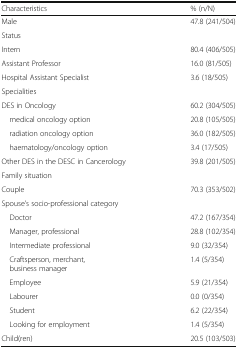
<table><thead><tr><td><b>Characteristics</b></td><td><b>% (n/N)</b></td></tr></thead><tbody><tr><td>Male</td><td>47.8 (241/504)</td></tr><tr><td>Status</td><td></td></tr><tr><td>Intern</td><td>80.4 (406/505)</td></tr><tr><td>Assistant Professor</td><td>16.0 (81/505)</td></tr><tr><td>Hospital Assistant Specialist</td><td>3.6 (18/505)</td></tr><tr><td>Specialities</td><td></td></tr><tr><td>DES in Oncology</td><td>60.2 (304/505)</td></tr><tr><td> medical oncology option</td><td>20.8 (105/505)</td></tr><tr><td> radiation oncology option</td><td>36.0 (182/505)</td></tr><tr><td> haematology/oncology option</td><td>3.4 (17/505)</td></tr><tr><td>Other DES in the DESC in Cancerology</td><td>39.8 (201/505)</td></tr><tr><td>Family situation</td><td></td></tr><tr><td>Couple</td><td>70.3 (353/502)</td></tr><tr><td>Spouse’s socio-professional category</td><td></td></tr><tr><td> Doctor</td><td>47.2 (167/354)</td></tr><tr><td> Manager, professional</td><td>28.8 (102/354)</td></tr><tr><td> Intermediate professional</td><td>9.0 (32/354)</td></tr><tr><td> Craftsperson, merchant, business manager</td><td>1.4 (5/354)</td></tr><tr><td> Employee</td><td>5.9 (21/354)</td></tr><tr><td> Labourer</td><td>0.0 (0/354)</td></tr><tr><td> Student</td><td>6.2 (22/354)</td></tr><tr><td> Looking for employment</td><td>1.4 (5/354)</td></tr><tr><td>Child(ren)</td><td>20.5 (103/503)</td></tr></tbody></table>